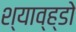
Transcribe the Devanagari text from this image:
श्याव्ह्डो